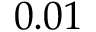
0 . 0 1